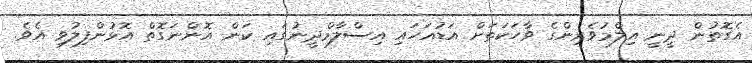
އެގޮތުން ދީނީ އިލްމުވެރިންގެ ވާހަކަތަށް އަޑުއަހައި އިސްލާމްދީނުގައި ކަން އޮންނަގޮތް އޮޅުންފިލުވި އެވެ.